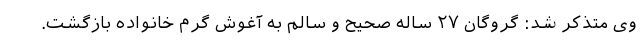
وی متذکر شد: گروگان ۲۷ ساله صحیح و سالم به آغوش گرم خانواده بازگشت.